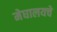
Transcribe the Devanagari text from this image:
मेघालयचे